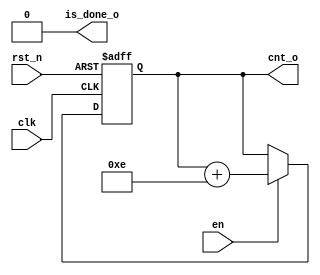
module up_counter_v3 #(
    parameter CNT = 14,
    parameter CNT_WIDTH = 4,
    parameter OFFSET = 14
)
(
    input clk,
    input rst_n,
    input en,
    output wire [CNT_WIDTH-1:0] cnt_o,
    output wire is_done_o
);
    reg [CNT_WIDTH-1:0] cnt;
    always @(posedge clk or negedge rst_n) begin
        if(!rst_n) begin
            cnt <= 0;
        end else if(en) begin
            if(is_done_o) begin
                cnt <= 0;
            end else begin
                cnt <= cnt + OFFSET;
            end
        end
    end
    assign cnt_o = cnt;
    assign is_done_o = (en) && (cnt == CNT*OFFSET-1);
endmodule